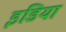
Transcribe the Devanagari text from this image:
इंडिया